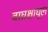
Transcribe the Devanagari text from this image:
वाघ्रश्चाधूल